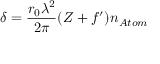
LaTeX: \delta = { \frac { r _ { 0 } \lambda ^ { 2 } } { 2 \pi } } ( Z + f ^ { \prime } ) n _ { A t o m }